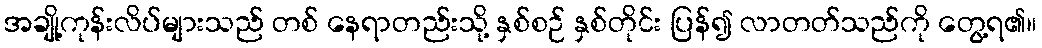
အချို့ကုန်းလိပ်များသည် တစ် နေရာတည်းသို့ နှစ်စဉ် နှစ်တိုင်း ပြန်၍ လာတတ်သည်ကို တွေ့ရ၏။